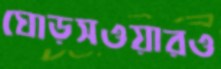
ঘোড়সওয়ারও